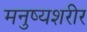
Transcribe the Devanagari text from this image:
मनुष्यशरीर